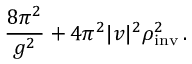
\frac { 8 \pi ^ { 2 } } { g ^ { 2 } } + 4 \pi ^ { 2 } | v | ^ { 2 } \rho _ { \mathrm { i n v } } ^ { 2 } \, .